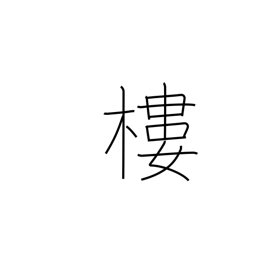
Meaning: turret